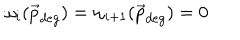
\omega _ { i } ( \vec { p } _ { d e g } ) = \omega _ { i + 1 } ( \vec { p } _ { d e g } ) = 0